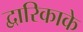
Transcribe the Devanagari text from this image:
द्वारिकाके